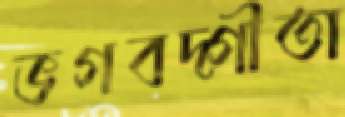
ভগবদ্‌গীতা